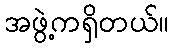
အဖွဲ့ကရှိတယ်။